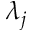
\lambda _ { j }